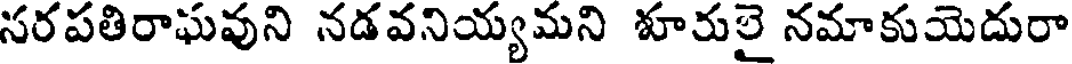
సరపతిరాఘవుని నడవనియ్యమని శూరులై నమాకుయెదురా